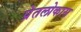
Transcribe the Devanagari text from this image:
प्रेतलोकास